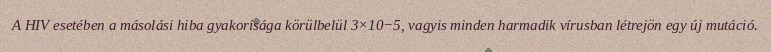
A HIV esetében a másolási hiba gyakorisága körülbelül 3×10−5, vagyis minden harmadik vírusban létrejön egy új mutáció.